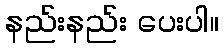
နည်းနည်း ပေးပါ။